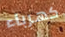
كهرباء